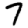
Digit: 7